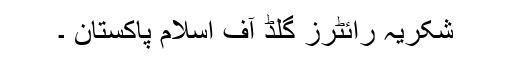
شکریہ رائٹرز گلڈ آف اسلام پاکستان ۔